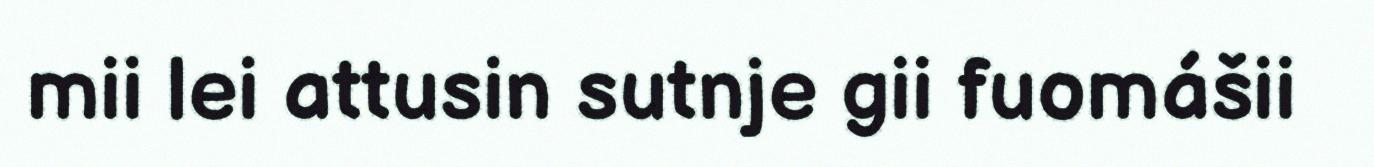
mii lei attusin sutnje gii fuomášii